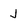
Character: J